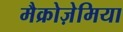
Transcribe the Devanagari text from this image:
मैक्रोज़ेमिया